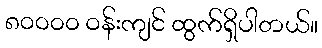
၈၀၀၀၀ ဝန်းကျင် ထွက်ရှိပါတယ်။